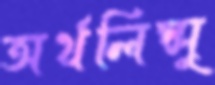
অর্থলিপ্সু